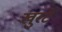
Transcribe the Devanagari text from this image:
खुरटे